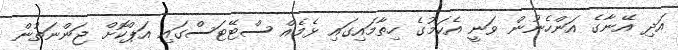
އަދި އޭނާގެ އަންހެނުން ވަނީ އެކަމުގެ ހިތާމައިގައި ޅެމެއް ސްޓޭޓަސްގައި އަޕްކޮށް ޖަންނަތުން